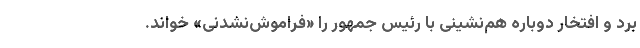
برد و افتخار دوباره هم‌نشینی با رئیس جمهور را «فراموش‌نشدنی» خواند.